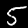
Label: 5